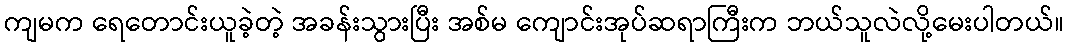
ကျမက ရေတောင်းယူခဲ့တဲ့ အခန်းသွားပြီး အစ်မ ကျောင်းအုပ်ဆရာကြီးက ဘယ်သူလဲလို့မေးပါတယ်။